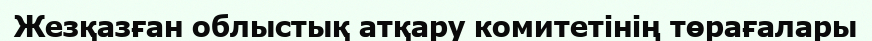
Жезқазған облыстық атқару комитетінің төрағалары